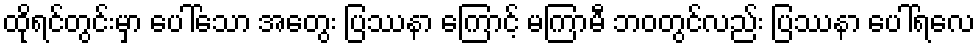
ထိုရင်တွင်းမှာ ပေါ်သော အတွေး ပြဿနာ ကြောင့် မကြာမီ ဘဝတွင်လည်း ပြဿနာ ပေါ်ရလေ